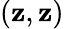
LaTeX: (\mathbf{z},\mathbf{z})